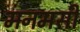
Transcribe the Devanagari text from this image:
मनमसी